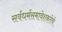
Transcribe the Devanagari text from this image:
सर्वधर्मसमावेशकतेचे